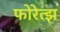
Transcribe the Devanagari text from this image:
फोरेत्झ